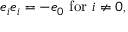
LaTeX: e _ { i } e _ { i } = - e _ { 0 } \, \, { \mathrm { f o r } } \, \, i \neq 0 ,